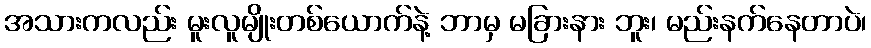
အသားကလည်း မူးလူမျိုးတစ်ယောက်နဲ့ ဘာမှ မခြားနား ဘူး၊ မည်းနက်နေတာပဲ၊